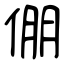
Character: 倗